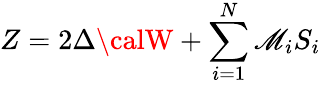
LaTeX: Z=2\Delta{\calW}+\sum_{i=1}^{N}\mathscr{M}_{i}S_{i}